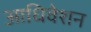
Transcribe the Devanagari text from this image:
आधिवेशन